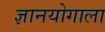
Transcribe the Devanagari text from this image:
ज्ञानयोगाला